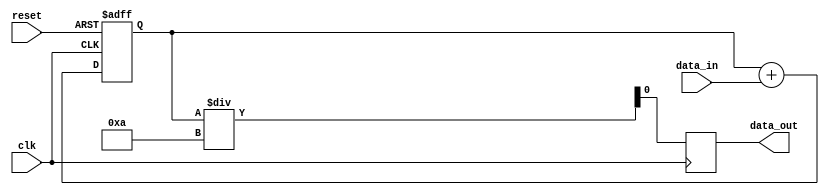
module MovingAverageAccumulator (

    input wire clk,
    input wire reset,
    input wire data_in,
    output reg data_out

);

reg [15:0] sum = 0; // Accumulator to store the sum of input data over the window size
reg [15:0] window_size = 10; // Specify the window size for calculating the moving average

always @ (posedge clk or posedge reset)
begin
    if (reset) begin
        sum <= 0; // Reset accumulator when reset signal is high
    end
    else begin
        sum <= sum + data_in; // Add input data to accumulator
    end
end

always @ (posedge clk)
begin
    data_out <= sum / window_size; // Calculate moving average by dividing sum by window size
end

endmodule